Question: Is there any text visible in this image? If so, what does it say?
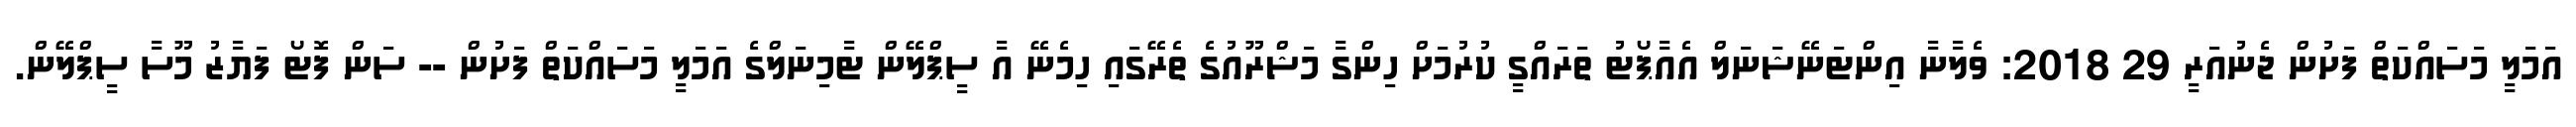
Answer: އަމަލީ މަސައްކަތް ފަށުން ޖެނުއަރީ 29 2018: ވެލާނާ އިންޓަނޭޝަނަލް އެއާޕޯޓު ތަރައްގީ ކުރުމަށް ހިންގާ މަޝްރޫއުގެ ތެރޭގައި ހިމެނޭ އާ ސީޕްލޭން ޓާމިނަލްގެ އަމަލީ މަސައްކަތް ފަށުން -- ސަން ފޮޓޯ ފަޔާޒު މޫސާ ސީޕްލޭން.